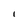
Character: l